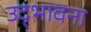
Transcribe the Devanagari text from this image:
उद्‌भावना